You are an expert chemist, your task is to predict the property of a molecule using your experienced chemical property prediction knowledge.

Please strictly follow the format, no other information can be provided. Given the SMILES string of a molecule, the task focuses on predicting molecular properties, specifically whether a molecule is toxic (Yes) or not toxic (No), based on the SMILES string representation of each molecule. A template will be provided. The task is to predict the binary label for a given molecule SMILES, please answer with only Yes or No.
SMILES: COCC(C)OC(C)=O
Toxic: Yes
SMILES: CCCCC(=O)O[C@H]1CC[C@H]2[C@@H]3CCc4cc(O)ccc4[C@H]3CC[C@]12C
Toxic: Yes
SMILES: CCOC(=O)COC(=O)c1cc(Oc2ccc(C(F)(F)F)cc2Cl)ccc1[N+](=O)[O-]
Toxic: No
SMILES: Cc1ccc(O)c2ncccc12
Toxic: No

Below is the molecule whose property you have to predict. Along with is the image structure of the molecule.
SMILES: CCCCCCCCOCCC#N
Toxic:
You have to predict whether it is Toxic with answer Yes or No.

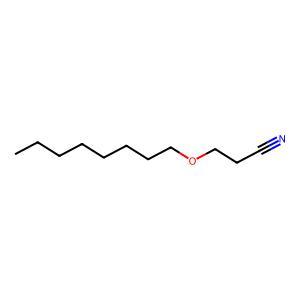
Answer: No